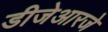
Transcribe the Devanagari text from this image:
डीजेआरजे